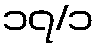
၁၇/၁